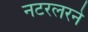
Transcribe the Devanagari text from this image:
नटरलरने